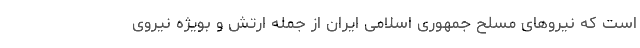
است که نیروهای مسلح جمهوری اسلامی ایران از جمله ارتش و بویژه نیروی